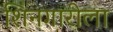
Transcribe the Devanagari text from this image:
शिनगारीला